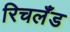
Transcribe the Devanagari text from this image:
रिचलँड